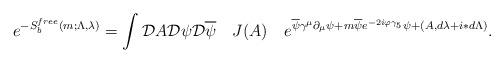
\begin{align*}e^{- S^{free}_{b}(m;\Lambda,\lambda)}=\int{\cal D}A{\cal D}\psi{\cal D}\overline\psi\quad J(A)\quad e^{\overline\psi\gamma^\mu\partial_\mu\psi +m\overline\psi e^{-2i\varphi\gamma_5}\psi +(A,d\lambda+i\ast d\Lambda)}.\end{align*}